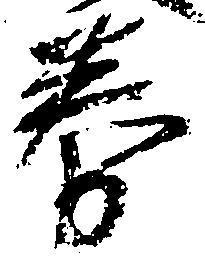
券